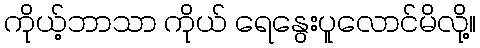
ကိုယ့်ဘာသာ ကိုယ် ရေနွေးပူလောင်မိလို့။